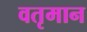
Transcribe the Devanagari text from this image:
वतृमान